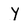
Character: Y